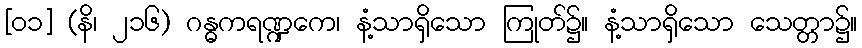
[၀၁] (နိ၊ ၂၁၆) ဂန္ဓကရဏ္ဍကေ၊ နံ့သာရှိသော ကြုတ်၌။ နံ့သာရှိသော သေတ္တာ၌။